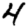
Digit: 4